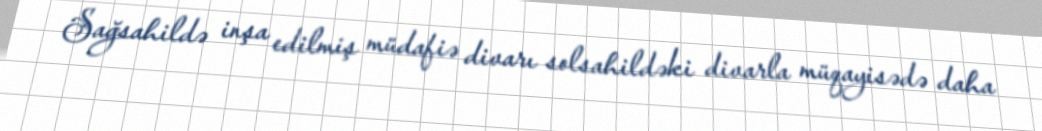
Sağsahildə inşa edilmiş müdafiə divarı solsahildəki divarla müqayisədə daha